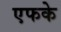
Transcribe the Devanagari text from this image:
एफके